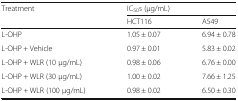
<table><thead><tr><td rowspan="2"><b>Treatment</b></td><td colspan="2"><b>IC<sub>50</sub>s (μg/mL)</b></td></tr><tr><td><b>HCT116</b></td><td><b>A549</b></td></tr></thead><tbody><tr><td>L-OHP</td><td>1.05 ± 0.07</td><td>6.94 ± 0.78</td></tr><tr><td>L-OHP + Vehicle</td><td>0.97 ± 0.01</td><td>5.83 ± 0.02</td></tr><tr><td>L-OHP + WLR (10 μg/mL)</td><td>0.98 ± 0.06</td><td>6.76 ± 0.00</td></tr><tr><td>L-OHP + WLR (30 μg/mL)</td><td>1.00 ± 0.02</td><td>7.66 ± 1.25</td></tr><tr><td>L-OHP + WLR (100 μg/mL)</td><td>0.98 ± 0.02</td><td>6.50 ± 0.30</td></tr></tbody></table>